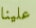
علينا